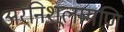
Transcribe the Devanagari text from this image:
अरनिशूलामणि